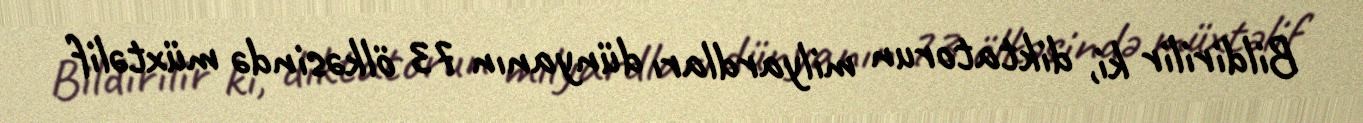
Bildirilir ki, diktatorun milyardları dünyanın 73 ölkəsində müxtəlif